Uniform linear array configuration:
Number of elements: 48
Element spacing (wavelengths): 0.5
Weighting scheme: binomial
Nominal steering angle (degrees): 60
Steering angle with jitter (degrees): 60.69
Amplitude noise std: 0.05
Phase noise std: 0.05

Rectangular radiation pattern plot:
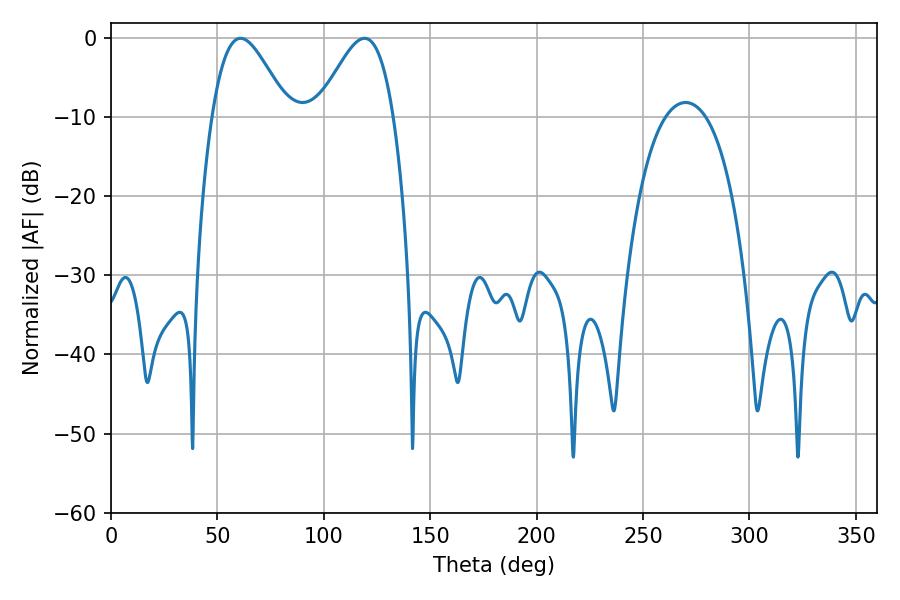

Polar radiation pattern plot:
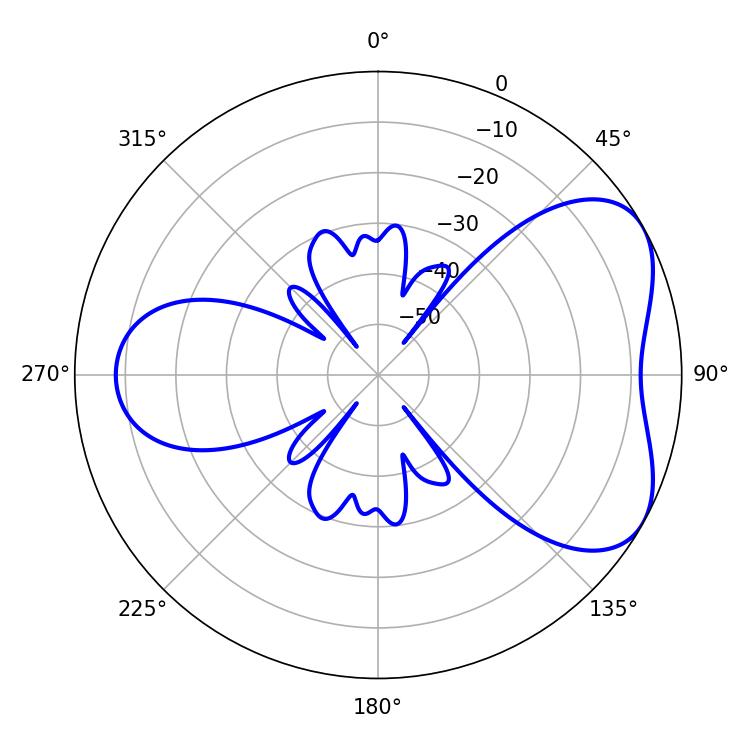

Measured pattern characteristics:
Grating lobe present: FALSE
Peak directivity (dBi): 5.178
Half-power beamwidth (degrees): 18.9
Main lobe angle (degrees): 60.84